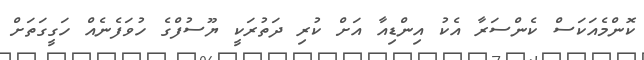
ކޮންމެއަކަސް ކެންސަރާ އެކު އިންޑިއާ އަށް ކުރި ދަތުރަކީ ޔޫސުފްގެ ހުވަފެނެއް ހަގީގަތަށް